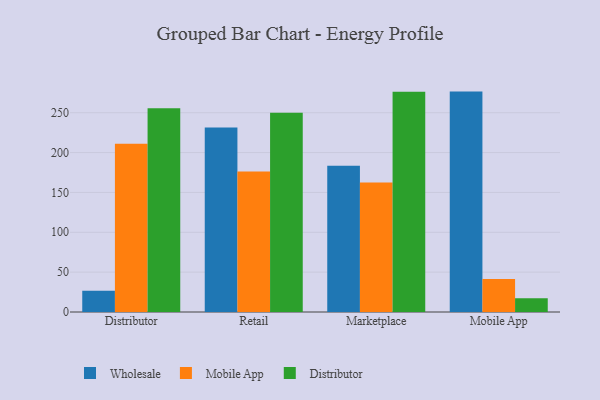
{"axis": {"x": "Channel", "y": "Net Income (USD K)"}, "legend": ["Distributor", "Mobile App", "Wholesale"], "data": [{"x": "Distributor", "y": 26.7, "type": "Wholesale"}, {"x": "Distributor", "y": 211.1, "type": "Mobile App"}, {"x": "Distributor", "y": 255.5, "type": "Distributor"}, {"x": "Retail", "y": 231.4, "type": "Wholesale"}, {"x": "Retail", "y": 176.3, "type": "Mobile App"}, {"x": "Retail", "y": 250.1, "type": "Distributor"}, {"x": "Marketplace", "y": 183.4, "type": "Wholesale"}, {"x": "Marketplace", "y": 162.5, "type": "Mobile App"}, {"x": "Marketplace", "y": 276.2, "type": "Distributor"}, {"x": "Mobile App", "y": 276.5, "type": "Wholesale"}, {"x": "Mobile App", "y": 41.3, "type": "Mobile App"}, {"x": "Mobile App", "y": 17.3, "type": "Distributor"}]}